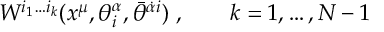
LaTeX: W ^ { i _ { 1 } \ldots i _ { k } } ( x ^ { \mu } , \theta _ { i } ^ { \alpha } , \bar { \theta } ^ { \dot { \alpha } i } ) \; , \qquad k = 1 , \ldots , N - 1